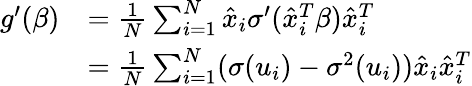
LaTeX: \begin{array}{rl}{g^{\prime}(\beta)}&{=\frac{1}{N}\sum_{i=1}^{N}\hat{x}_{i}\sigma^{\prime}(\hat{x}_{i}^{T}\beta)\hat{x}_{i}^{T}}\\ &{=\frac{1}{N}\sum_{i=1}^{N}(\sigma(u_{i})-\sigma^{2}(u_{i}))\hat{x}_{i}\hat{x}_{i}^{T}}\end{array}